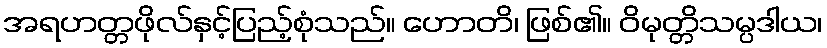
အရဟတ္တဖိုလ်နှင့်ပြည့်စုံသည်။ ဟောတိ၊ ဖြစ်၏။ ဝိမုတ္တိသမ္ပဒါယ၊